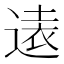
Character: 𫟨